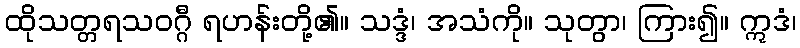
ထိုသတ္တရသဝဂ္ဂီ ရဟန်းတို့၏။ သဒ္ဒံ၊ အသံကို။ သုတွာ၊ ကြား၍။ ဣဒံ၊